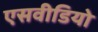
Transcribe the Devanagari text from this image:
एसवीडियो